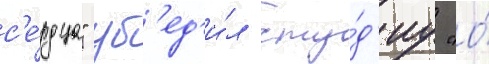
с'е́рдца" уб'ед'и́л сту́д'иу "о́